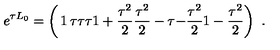
e ^ { \tau L _ { 0 } } = \left( \begin{matrix} { \strut 1 } & { \tau } & { \tau } \\ { \strut \tau } & { 1 + { \frac { \tau ^ { 2 } } { 2 } } } & { { \frac { \tau ^ { 2 } } { 2 } } } \\ { \strut - \tau } & { - { \frac { \tau ^ { 2 } } { 2 } } } & { 1 - { \frac { \tau ^ { 2 } } { 2 } } } \\ \end{matrix} \right) \ .